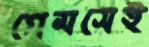
গেমসেই